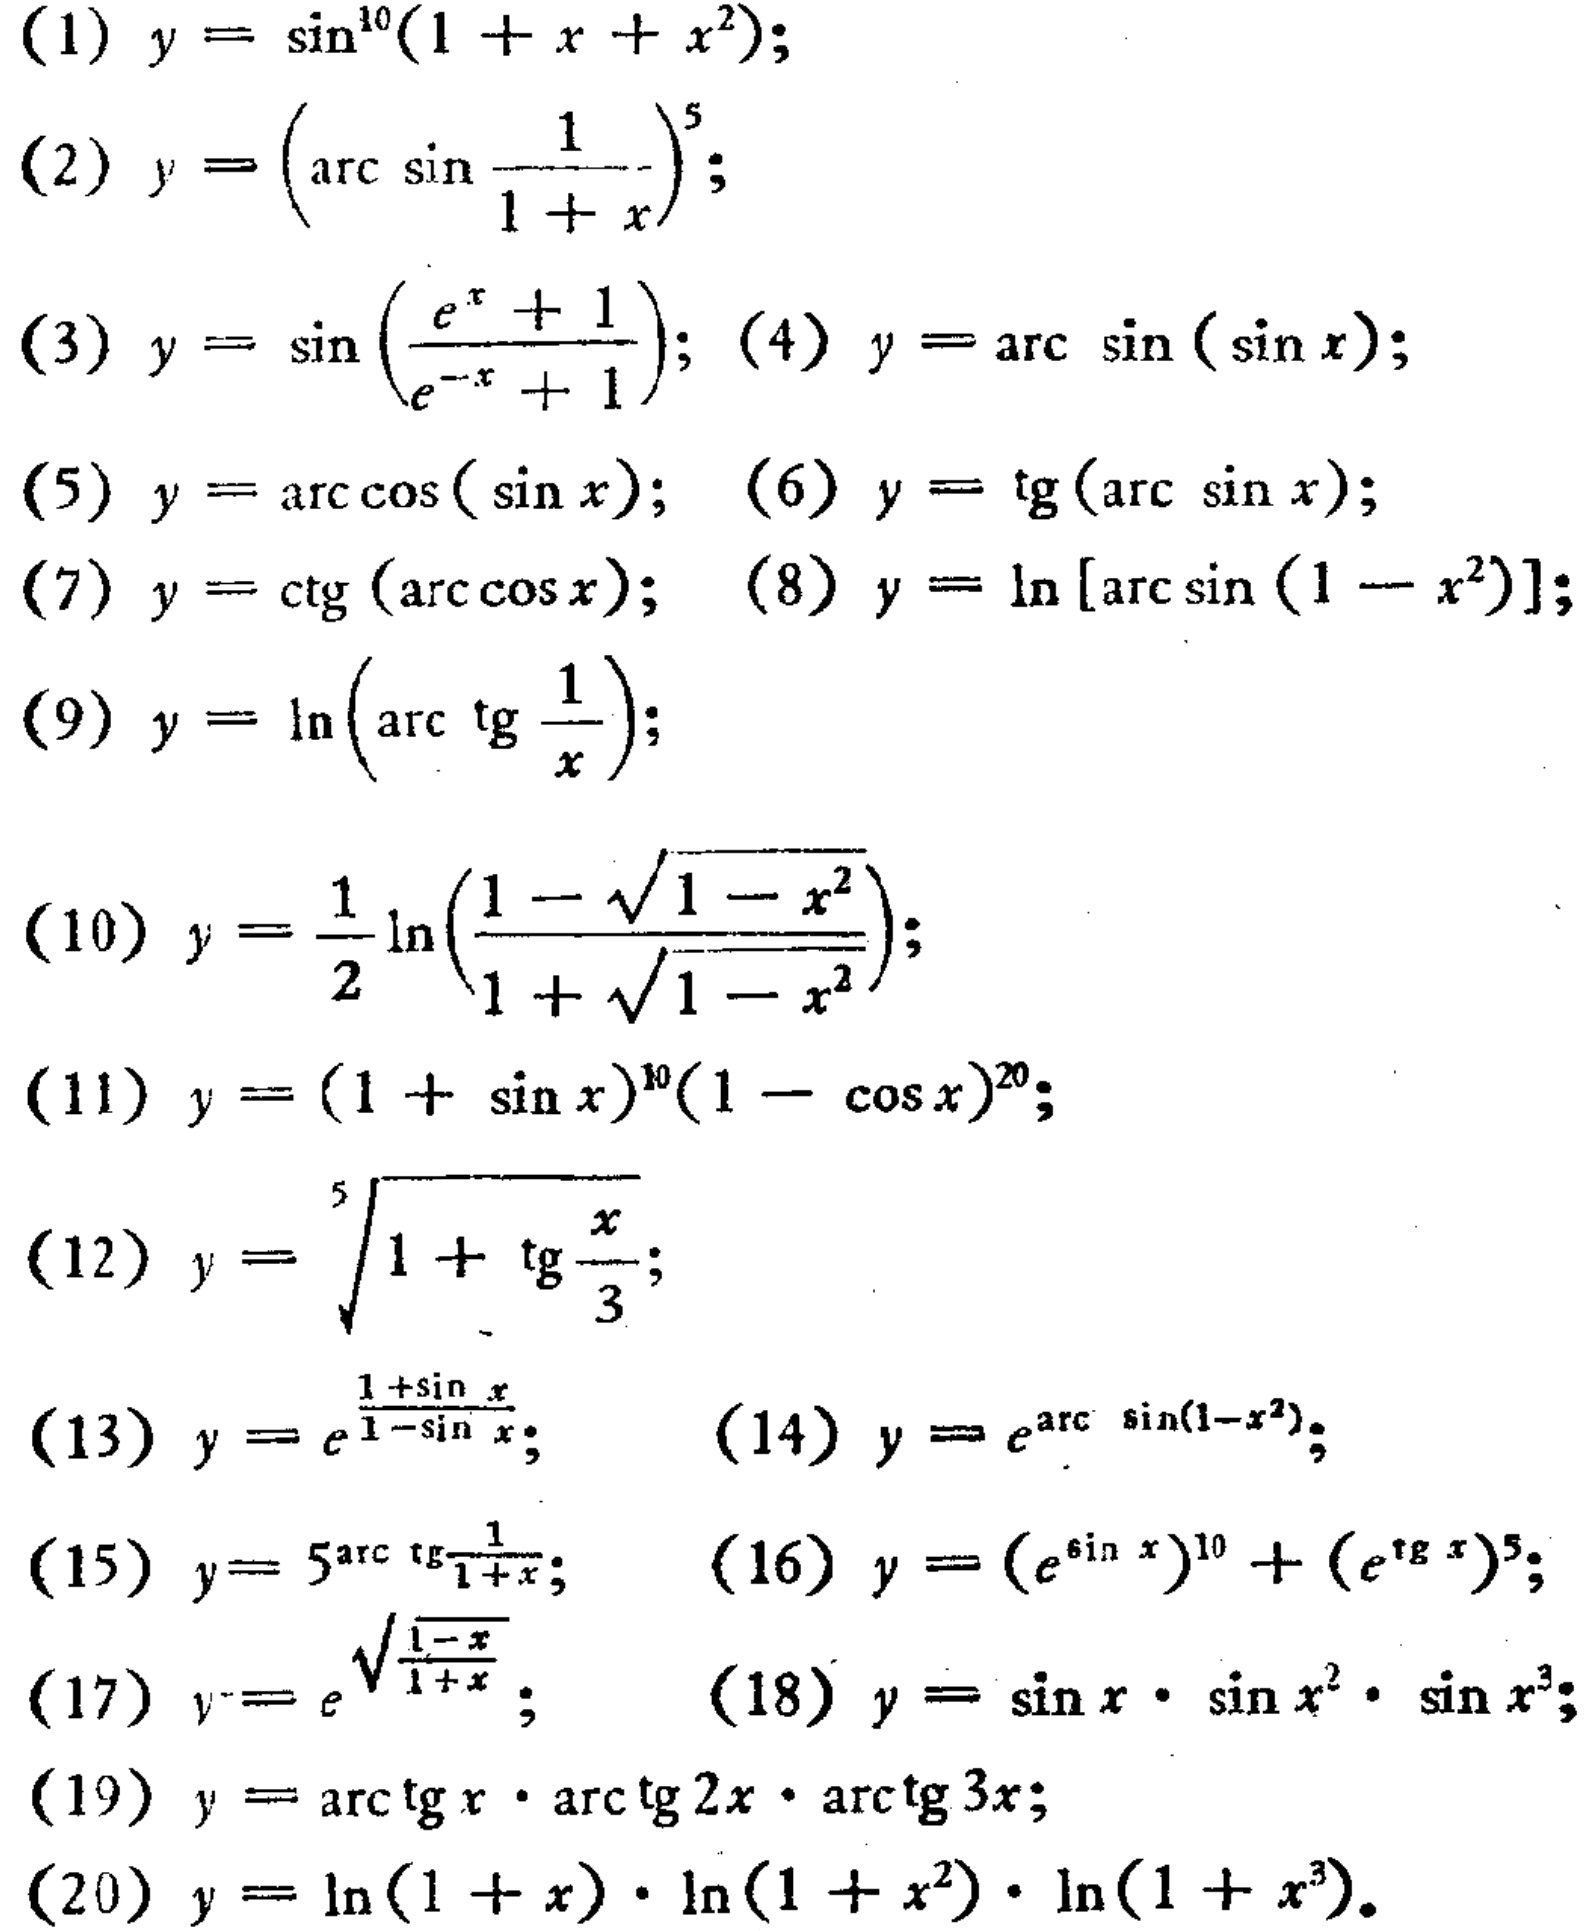
(1) \(y = \sin^{10}(1 + x + x^{2})\);
(2) \(y = \left(\arcsin\frac{1}{1 + x}\right)^{5}\);
(3) \(y = \sin\left(\frac{e^{x}+1}{e^{-x}+1}\right)\); (4) \(y = \arcsin(\sin x)\);
(5) \(y = \arccos(\sin x)\); (6) \(y = \tan(\arcsin x)\);
(7) \(y = \cot(\arccos x)\); (8) \(y = \ln[\arcsin(1 - x^{2})]\);
(9) \(y = \ln\left(\arctan\frac{1}{x}\right)\);
(10) \(y=\frac{1}{2}\ln\left(\frac{1 - \sqrt{1 - x^{2}}}{1+\sqrt{1 - x^{2}}}\right)\);
(11) \(y = (1 + \sin x)^{10}(1 - \cos x)^{20}\);
(12) \(y = \sqrt[5]{1+\tan\frac{x}{3}}\);
(13) \(y = e^{\frac{1+\sin x}{1 - \sin x}}\); (14) \(y = e^{\arcsin(1 - x^{2})}\);
(15) \(y = 5^{\arctan\frac{1}{1 + x}}\); (16) \(y=(e^{\sin x})^{10}+(e^{\tan x})^{5}\);
(17) \(y = e^{\sqrt{\frac{1 - x}{1 + x}}}\); (18) \(y = \sin x\cdot\sin x^{2}\cdot\sin x^{3}\);
(19) \(y = \arctan x\cdot\arctan 2x\cdot\arctan 3x\);
(20) \(y = \ln(1 + x)\cdot\ln(1 + x^{2})\cdot\ln(1 + x^{3})\).